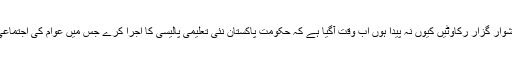
خواہ اس راستے میں کتنی ہی دشوار گزار رکاوٹیں کیوں نہ پیدا ہوں اب وقت آگیا ہے کہ حکومت پاکستان نئی تعلیمی پالیسی کا اجرا کرے جس میں عوام کی اجتماعی آبادی کی رضامندی شامل ہو۔